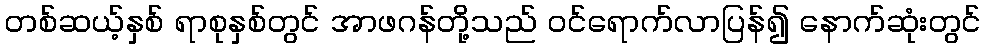
တစ်ဆယ့်နှစ် ရာစုနှစ်တွင် အာဖဂန်တို့သည် ဝင်ရောက်လာပြန်၍ နောက်ဆုံးတွင်